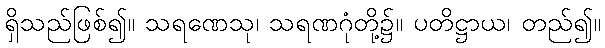
ရှိသည်ဖြစ်၍။ သရဏေသု၊ သရဏဂုံတို့၌။ ပတိဋ္ဌာယ၊ တည်၍။